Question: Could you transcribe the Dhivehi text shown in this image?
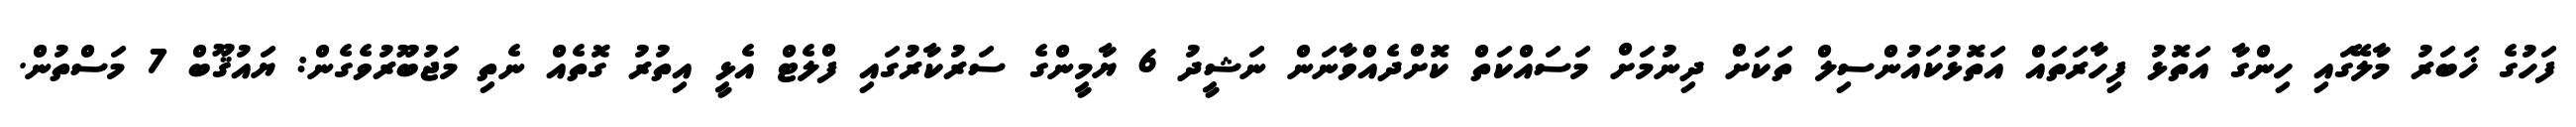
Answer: ފަހުގެ ޚަބަރު މާލޭގައި ހިންގާ އަތޮޅު ފިހާރަތައް އަތޮޅުކައުންސިލް ތަކަށް ދިނުމަށް މަސައްކަތް ކޮށްދެއްވާނަން ނަޝީދު 6 ޔާމީންގެ ސަރުކާރުގައި ފްލެޓް އެޅީ އިތުރު ގޮތެއް ނެތި މަޖުބޫރުވެގެން: ޔައުޤޫބް 7 މަސްތުން.